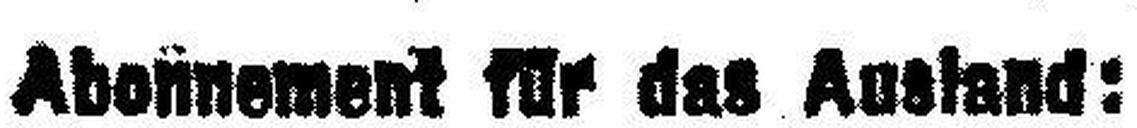
Abonnement für das Ausland: